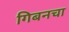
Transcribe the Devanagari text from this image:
गिबनचा